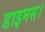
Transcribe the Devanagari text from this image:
डाइमस।